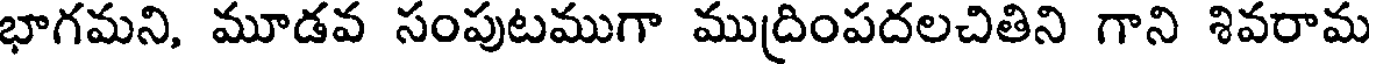
భాగమని, మూడవ సంపుటముగా ముద్రింపదలచితిని గాని శివరామ